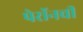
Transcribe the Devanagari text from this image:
पेरॉनची